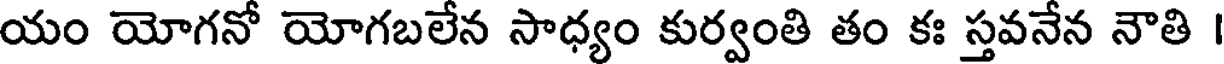
యం యోగనో యోగబలేన సాధ్యం కుర్వంతి తం కః స్తవనేన నౌతి